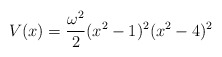
\begin{align*}V(x) = {{\omega^2 } \over {2}} (x^2 - 1)^2 (x^2 - 4)^2\end{align*}